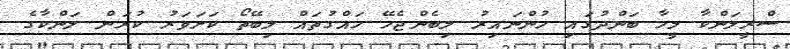
ސްރީލަންކާ މީހާ ބަންދުގައި ހުންނައިރު ލިބެންޖެހޭ ހައްގުތައް ލިބޭތޯ ކަށަވަރު ކުރަން ލަންކާގެ